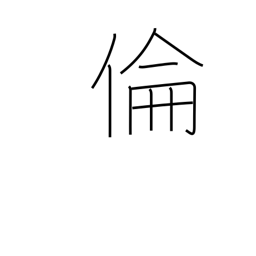
Meaning: ethics